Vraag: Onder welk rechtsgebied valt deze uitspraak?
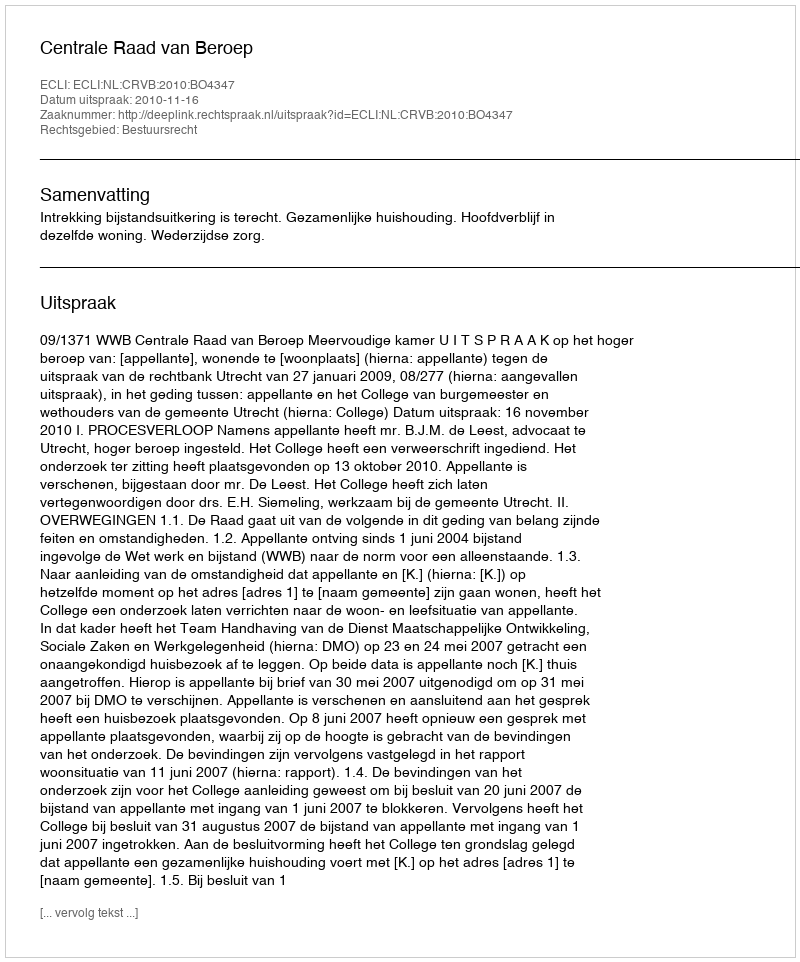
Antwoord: Bestuursrecht